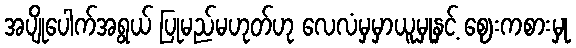
အပျိုပေါက်အရွယ် ပြုမည်မဟုတ်ဟု လေလံမှမှာယူမှုနှင့် ဈေးကစားမှု